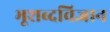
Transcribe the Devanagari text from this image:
भूशब्दविज्ञान